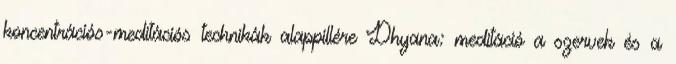
koncentrációs-meditációs technikák alappillére Dhyana: meditáció a szervek és a